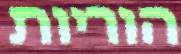
הוריות